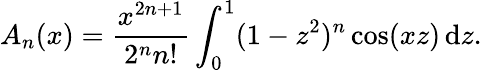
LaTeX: A_{n}(x)={\frac{x^{2n+1}}{2^{n}n!}}\int_{0}^{1}(1-z^{2})^{n}\cos(xz)\, \mathrm{d}z.